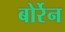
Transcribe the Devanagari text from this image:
बोर्रेन